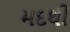
મદથી